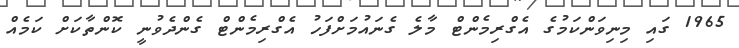
1965 ގައި މިނިވަންކަމުގެ އެގްރިމެންޓް މާލެ ގެނައުމަށްފަހު އެގްރިމެންޓް ގެންދެވުނީ ކޮންތާކަށް ކަމެއް